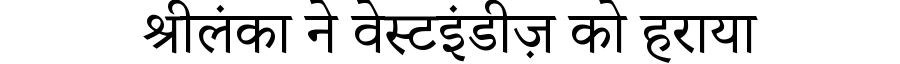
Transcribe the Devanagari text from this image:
श्रीलंका ने वेस्टइंडीज़ को हराया